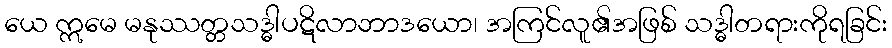
ယေ ဣမေ မနုဿတ္တသဒ္ဓါပဋိလာဘာဒယော၊ အကြင်လူ၏အဖြစ် သဒ္ဓါတရားကိုရခြင်း